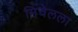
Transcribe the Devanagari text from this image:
मिचेलला